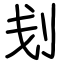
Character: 刬